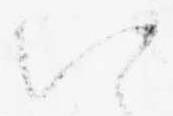
い